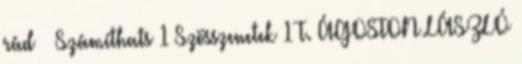
rád Számíthats 1 Szösszenetek 1 T. ÁGOSTON LÁSZLÓ